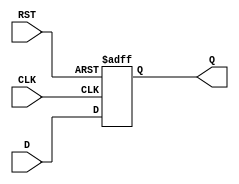
module d_flip_flop (
    input D,
    input CLK,
    input RST,
    output reg Q
);

always @(posedge CLK or posedge RST) begin
    if (RST) begin
        Q <= 1'b0;  // Reset asserted, output remains low
    end else begin
        Q <= D;     // Transfer D input to output on rising edge of clock
    end
end

endmodule